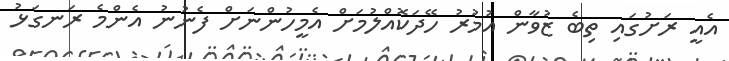
އެއީ ރަށުގައި ތިބެ ޒުވާން އުމުރު ހޭދަކޮއްލުމަށް އެމީހުންނަށް ފެނުނު އެންމެ ރަނގަޅު